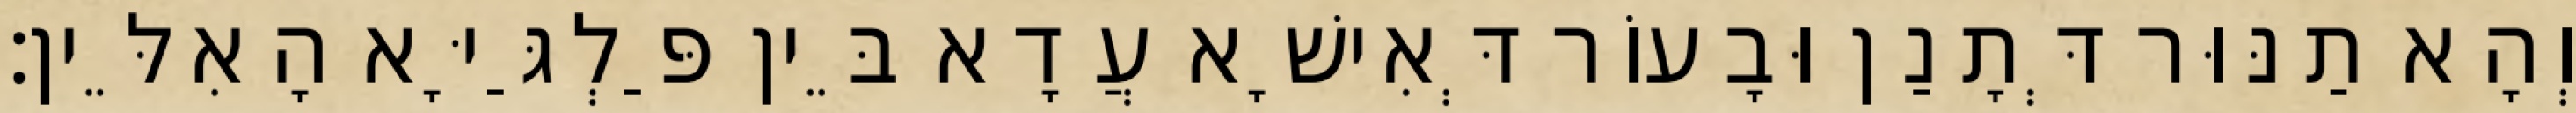
וְהָא תַנּוּר דְּתָנַן וּבָעוֹר דְּאִישָׁא עֲדָא בֵּין פַּלְגַּיָּא הָאִלֵּין׃